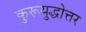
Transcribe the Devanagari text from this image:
कुरूयुद्धोत्तर